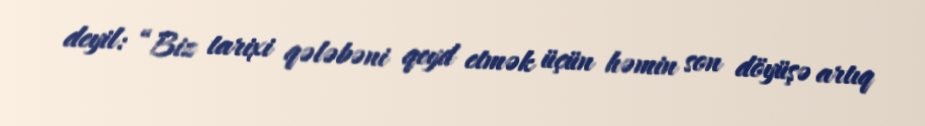
deyil: “Biz tarixi qələbəni qeyd etmək üçün həmin son döyüşə artıq